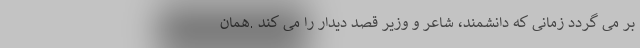
بر می گردد زمانی که دانشمند، شاعر و وزیر قصد دیدار را می کند .همان